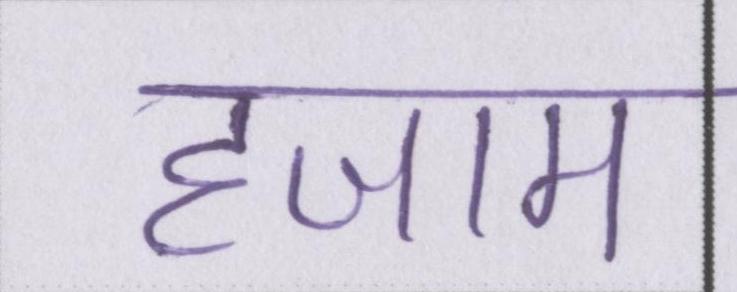
हजाम